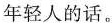
年轻人的话。